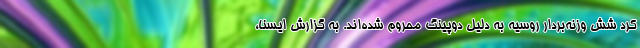
کرد شش وزنه‌بردار روسیه به دلیل دوپینگ محروم شده‌اند. به گزارش ایسنا،